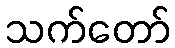
သက်တော်